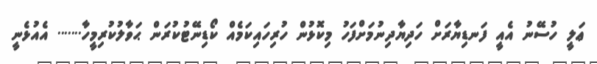
ޢަލީ ހުސޭނު އެއީ ފަނޑިޔާރަށް ހަދިޔާދިނުމަށްފަހު މިކޮޅުން ހުރިހައިކަމެއް ކޯޑިނޭޓުކުރަން ޙަވާލުކުރިމީހާ....... އެއުޅެނީ